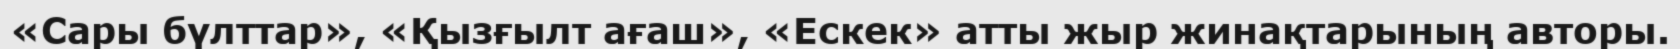
«Сары бүлттар», «Қызғылт ағаш», «Ескек» атты жыр жинақтарының авторы.